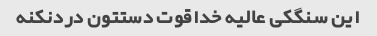
این سنگکی عالیه خداقوت دستتون دردنکنه